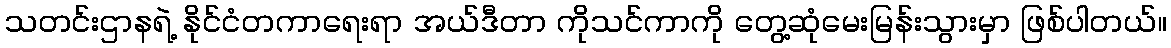
သတင်းဌာနရဲ့ နိုင်ငံတကာရေးရာ အယ်ဒီတာ ကိုသင်ကာကို တွေ့ဆုံမေးမြန်းသွားမှာ ဖြစ်ပါတယ်။